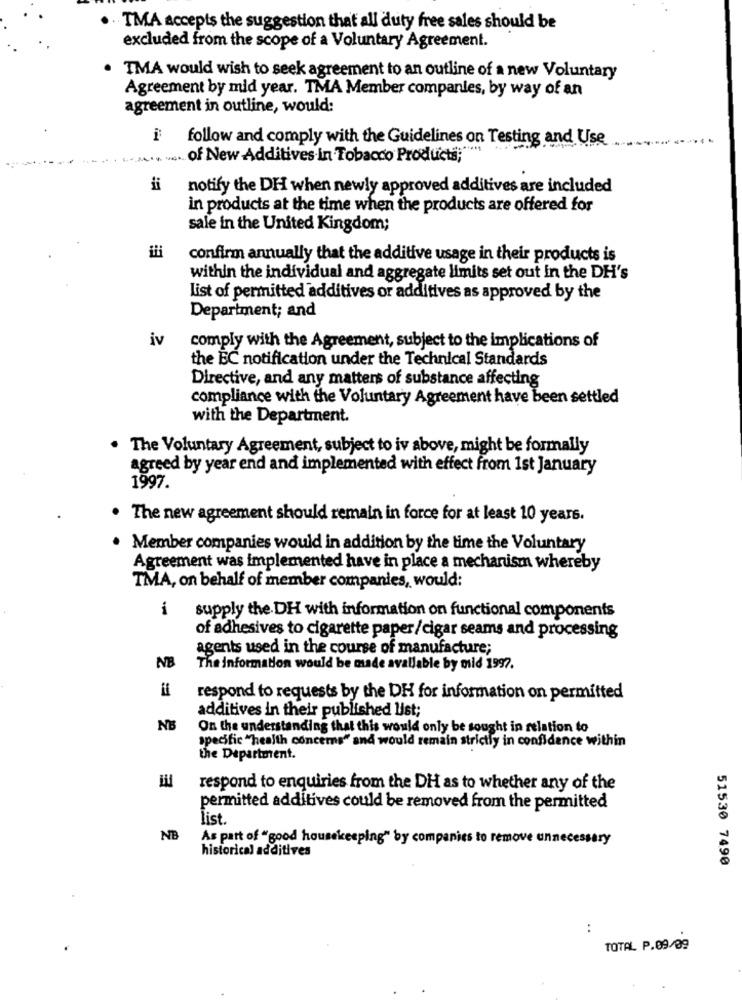
TMA accepts the suggestion that all duty free sales should be
excluded from the scope of a Voluntary Agreement.
· TMA would wish to seek agreement to an outline of a new Voluntary
Agreement by mid year. TMA Member companies, by way of an
agreement in outline, would:
follow and comply with the Guidelines on Testing and Use
-----
of New Additives in Tobacco Products;"
ii notify the DH when newly approved additives are included
in products at the time when the products are offered for
sale in the United Kingdom;
confirm annually that the additive usage in their products is
within the individual and aggregate limits set out in the DH's
List of permitted additives or additives as approved by the
Department; and
iv
comply with the Agreement, subject to the implications of
the EC notification under the Technical Standards
Directive, and any matters of substance affecting
compliance with the Voluntary Agreement have been settled
with the Department.
. The Voluntary Agreement, subject to iv above, might be formally
agreed by year end and implemented with effect from 1st January
1997.
. The new agreement should remain in force for at least 10 years.
. Member companies would in addition by the time the Voluntary
Agreement was implemented have in place a mechanism whereby
TMA, on behalf of member companies, would:
-
supply the DH with information on functional components
of adhesives to cigarette paper/cigar seams and processing
agents used in the course of manufacture;
NB
The Information would be made available by mid 1997.
respond to requests by the DH for information on permitted
additives in their published list;
= 7
On the understanding that this would only be sought in relation to
specific "health concerns" and would remain strictly in confidence within
the Department.
respond to enquiries from the DH as to whether any of the
permitted additives could be removed from the permitted
list.
NB
As part of "good housekeeping" by companies to remove unnecessary
historical additives
51530 7490
TOTAL P.09/09